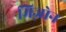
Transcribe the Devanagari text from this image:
मिज़ोन